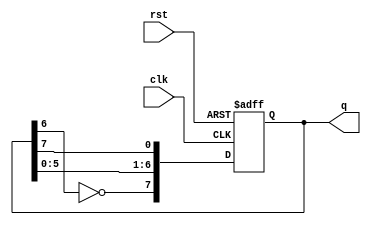
module johnson_counter (
    input wire clk,       // Clock input
    input wire rst,       // Reset input
    output reg [7:0] q    // 8-bit output
);

// Sequential logic for Johnson counter
always @(posedge clk or posedge rst) begin
    if (rst) begin
        q <= 8'b00000000; // Asynchronous reset to all zeros
    end else begin
        // Johnson counter characteristic
        q[7] <= ~q[6]; // Feedback: Inverted last flip-flop to the first
        q[6] <= q[5];
        q[5] <= q[4];
        q[4] <= q[3];
        q[3] <= q[2];
        q[2] <= q[1];
        q[1] <= q[0];
        q[0] <= q[7]; // Shift the state
    end
end

endmodule